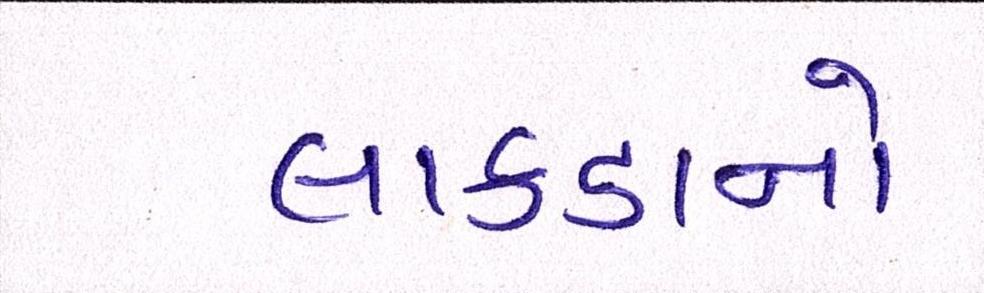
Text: લાકડાનો